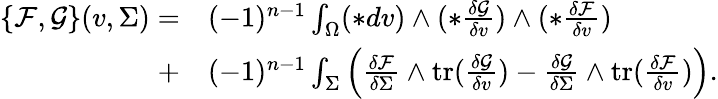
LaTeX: \begin{array}{rl}{\left\{ \mathcal{F},\mathcal{G}\right\} (v,\Sigma)=}&{{}(-1)^{n-1}\int_{\Omega}(\ast dv)\wedge(\ast\frac{\delta\mathcal{G}}{\delta v})\wedge(\ast\frac{\delta\mathcal{F}}{\delta v})}\\ {+}&{{}(-1)^{n-1}\int_{\Sigma}\Big(\frac{\delta\mathcal{F}}{\delta\Sigma}\wedge\mathrm{tr}(\frac{\delta\mathcal{G}}{\delta v})-\frac{\delta\mathcal{G}}{\delta\Sigma}\wedge\mathrm{tr}(\frac{\delta\mathcal{F}}{\delta v})\Big).}\end{array}